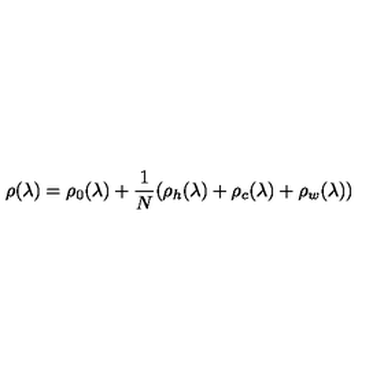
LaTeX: \rho ( \lambda ) = \rho _ { 0 } ( \lambda ) + \frac { 1 } { N } ( \rho _ { h } ( \lambda ) + \rho _ { c } ( \lambda ) + \rho _ { w } ( \lambda ) )